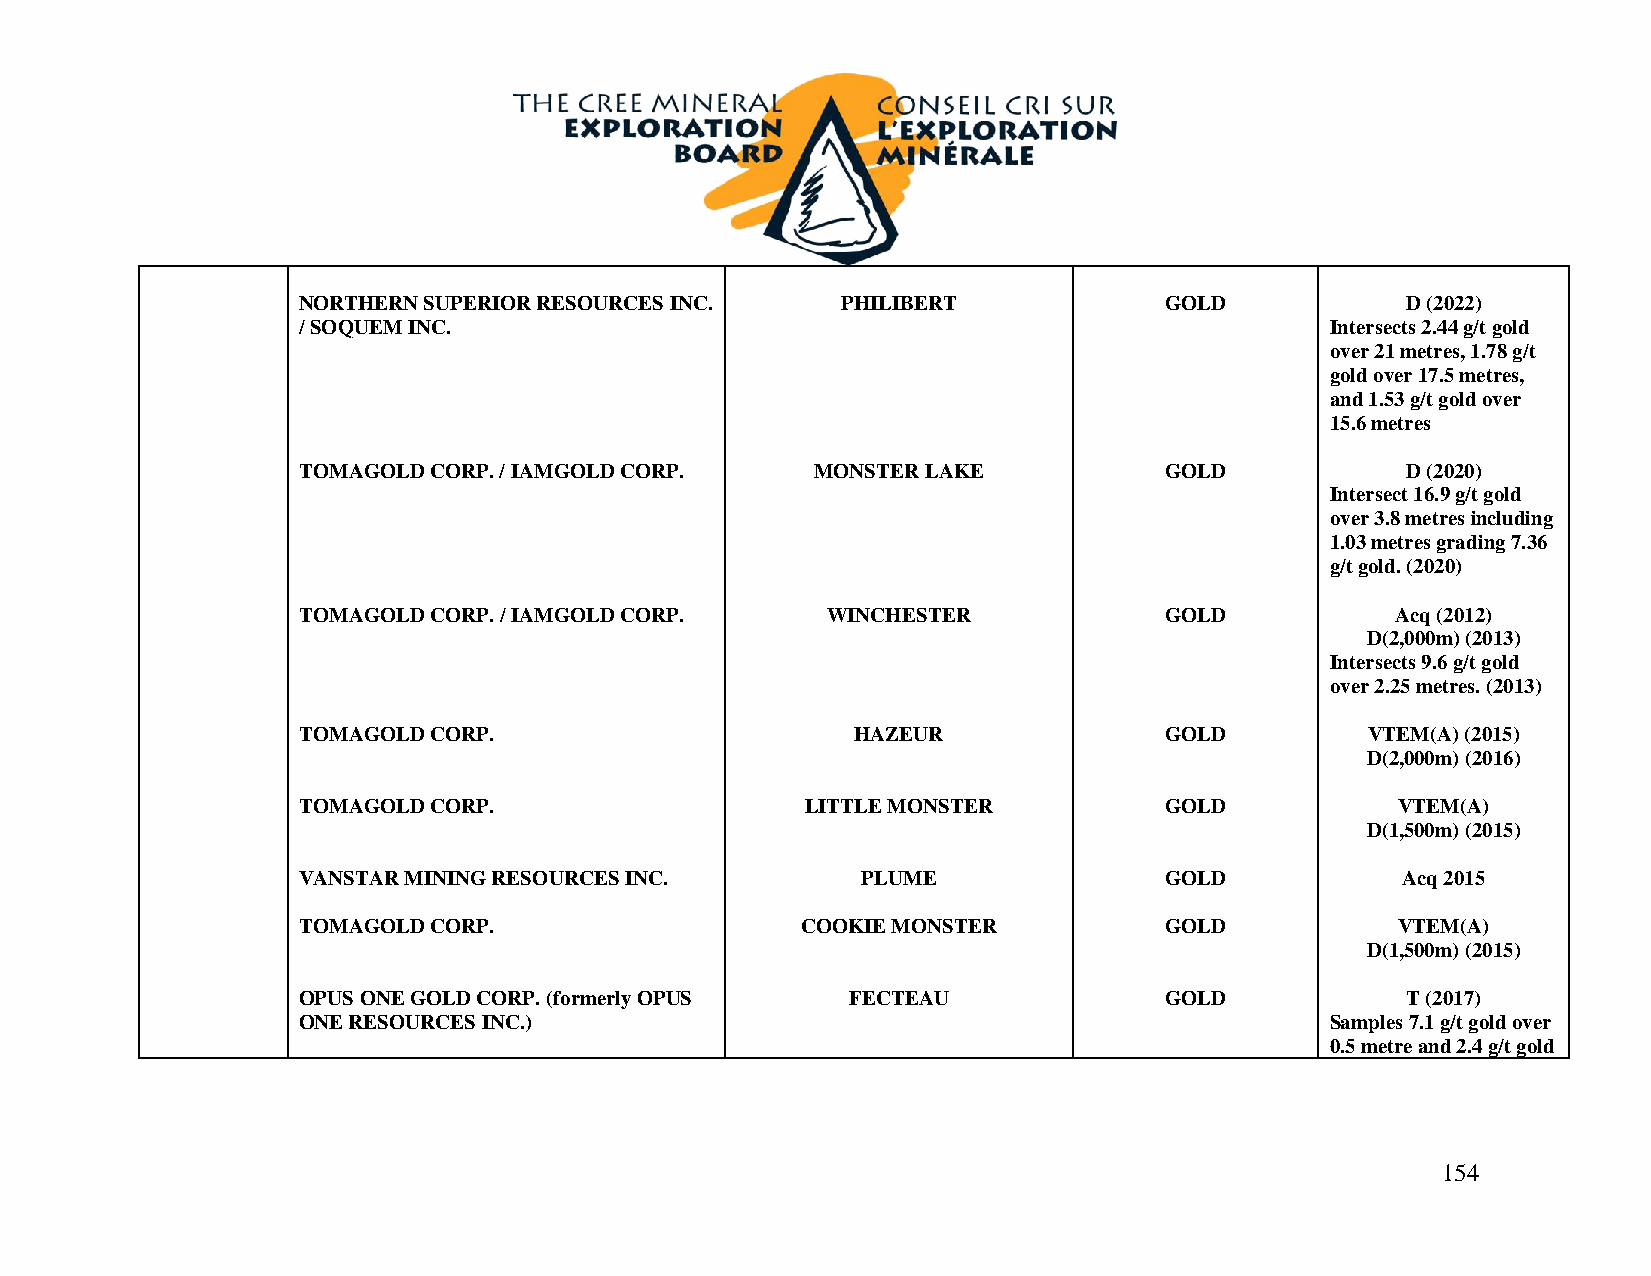
NORTHERN SUPERIOR RESOURCES INC.    PHILIBERT            GOLD            D (2022)
 / SOQUEM INC.                                                       Intersects 2.44 g/t gold
 over 21 metres, 1.78 g/t
 gold over 17.5 metres,
 and 1.53 g/t gold over
 15.6 metres
 TOMAGOLD CORP. / IAMGOLD CORP.    MONSTER LAKE           GOLD            D (2020)
 Intersect 16.9 g/t gold
 over 3.8 metres including
 1.03 metres grading 7.36
 g/t gold. (2020)
 TOMAGOLD CORP. / IAMGOLD CORP.     WINCHESTER            GOLD           Acq (2012)
 D(2,000m) (2013)
 Intersects 9.6 g/t gold
 over 2.25 metres. (2013)
 TOMAGOLD CORP.                       HAZEUR              GOLD          VTEM(A) (2015)
 D(2,000m) (2016)
 TOMAGOLD CORP.                   LITTLE MONSTER          GOLD            VTEM(A)
 D(1,500m) (2015)
 VANSTAR MINING RESOURCES INC.        PLUME               GOLD            Acq 2015
 TOMAGOLD CORP.                   COOKIE MONSTER          GOLD            VTEM(A)
 D(1,500m) (2015)
 OPUS ONE GOLD CORP. (formerly OPUS  FECTEAU              GOLD            T (2017)
 ONE RESOURCES INC.)                                                 Samples 7.1 g/t gold over
 0.5 metre and 2.4 g/t gold
 154